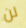
لن